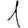
Digit: 1